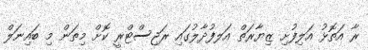
ރާ އަތޮޅު އަލިފުށި ޒިޔާރަތް އަލފުދާލުގައި ރަޖިސްޓްރީ ކޮށް މިތަން މި ބައިނަލް